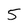
Character: 5